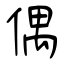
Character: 偶